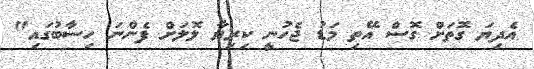
އެދިޔަ ގޮތަށް ގޮސް އޭތި މަޑު ޖެހުނީ ކިރިޔާ ލޮލަށް ފެންނަ ހިސާބުގައި"